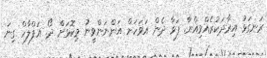
ރަނގަޅު އިރާދަކުރެއްވިއްޔާ. ފަވާ ދެން އަވަހަށް އަންނަންވީނު މިކޮޅަށް ދޯ. އަފްލާހް ގިނަ